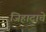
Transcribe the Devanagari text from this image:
जिहादाचे